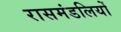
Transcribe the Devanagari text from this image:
रासमंडलियों